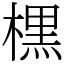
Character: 𣘸